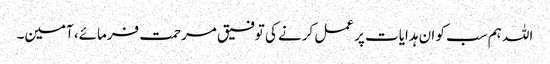
اللہ ہم سب کو ان ہدایات پر عمل کرنے کی توفیق مرحمت فرمائے، آمین۔